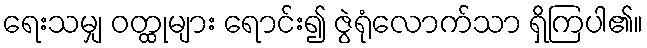
ရေးသမျှ ဝတ္ထုများ ရောင်း၍ ဇွဲရုံလောက်သာ ရှိကြပါ၏။